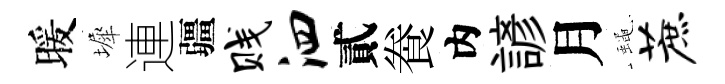
暖墀連疆贱泗貳飬内諺月蠅蔗